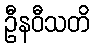
ဦနဝီသတိ